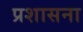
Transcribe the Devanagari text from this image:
प्रशासना